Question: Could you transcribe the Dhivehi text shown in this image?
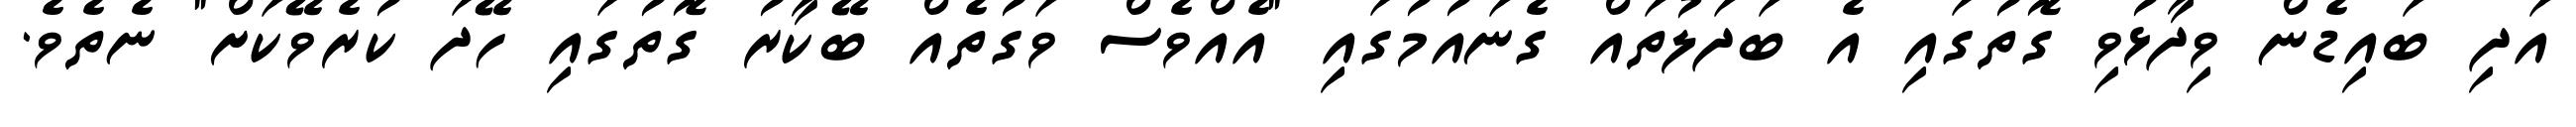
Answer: އަދި ބައިޑެން ވިދާޅުވި ގޮތުގައި އެ ބަދަލުތައް ގެނައުމުގައި "އެއްވެސް ވަގުތެއް ބޭކާރު ގޮތުގައި ހޭދަ ކުރެވޭކަށް" ނެތެވެ.